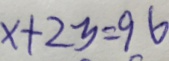
x + 2 y = 9 6